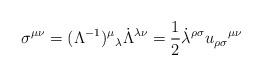
LaTeX: \begin{align*}\sigma ^{\mu \nu}=(\Lambda ^{-1})^{\mu}\hspace{0.1 mm}_{\lambda }\dot{\Lambda }^{\lambda \nu}=\frac{1}{2}\dot{\lambda }^{\rho \sigma}u_{\rho \sigma }\hspace{0.1 mm}^{\mu \nu }\end{align*}